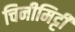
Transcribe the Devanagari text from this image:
चिनीमिट्टी